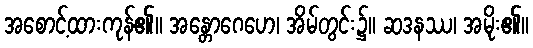
အစောင့်ထားကုန်၏။ အန္တောဂေဟေ၊ အိမ်တွင်း၌။ ဆဒနဿ၊ အမိုး၏။